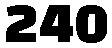
240